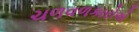
ચળવળકારોએ